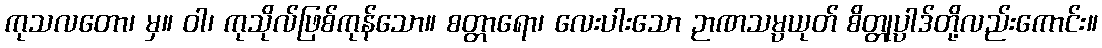
ကုသလတော၊ မှ။ ဝါ၊ ကုသိုလ်ဖြစ်ကုန်သော။ စတ္တာရော၊ လေးပါးသော ဉာဏသမ္ပယုတ် စိတ္တုပ္ပါဒ်တို့လည်းကောင်း။